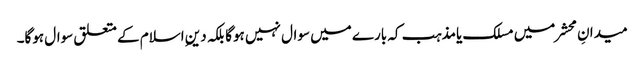
میدانِ محشر میں مسلک یامذہب کہ بارے میں سوال نہیں ہوگا بلکہ دینِ اسلام کے متعلق سوال ہوگا۔